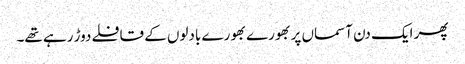
پھر ایک دن آسماں پر بھورے بھورے بادلوں کے قافلے دوڑ رہے تھے۔